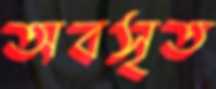
অবসৃত